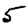
Digit: 5